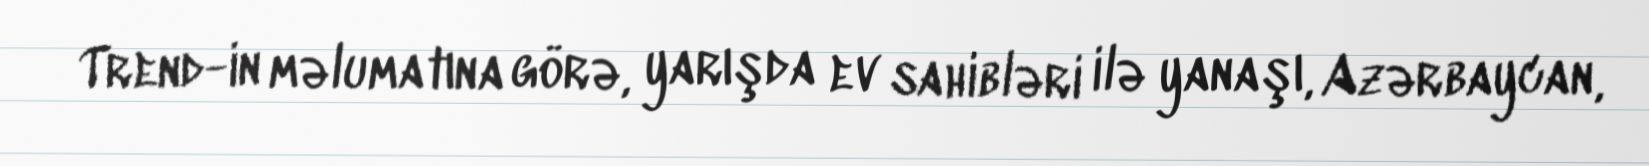
Trend-in məlumatına görə, yarışda ev sahibləri ilə yanaşı, Azərbaycan,